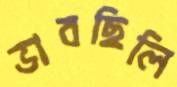
ভাবছিলি